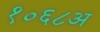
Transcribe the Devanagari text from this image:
१०६८अ